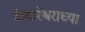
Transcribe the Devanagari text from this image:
केदारेश्वराच्या